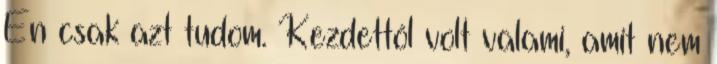
Én csak azt tudom. Kezdettől volt valami, amit nem